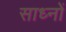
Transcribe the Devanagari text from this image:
साध्नों